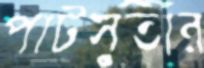
পাটসুতার